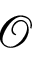
\mathscr { O }